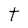
Character: t